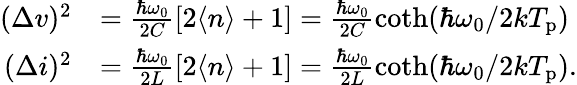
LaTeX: \begin{array}{rl}{(\Delta v)^{2}}&{=\frac{\hbar\omega_{0}}{2C}\left[2\langle n\rangle+1\right]=\frac{\hbar\omega_{0}}{2C}\coth(\hbar\omega_{0}/2kT_{\mathrm{p}})}\\ {(\Delta i)^{2}}&{=\frac{\hbar\omega_{0}}{2L}\left[2\langle n\rangle+1\right]=\frac{\hbar\omega_{0}}{2L}\coth(\hbar\omega_{0}/2kT_{\mathrm{p}}).}\end{array}